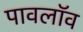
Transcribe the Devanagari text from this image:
पावलॉव